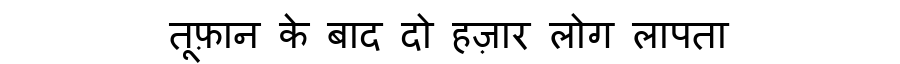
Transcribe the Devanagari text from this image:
तूफ़ान के बाद दो हज़ार लोग लापता